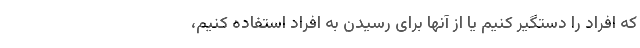
که افراد را دستگیر کنیم یا از آنها برای رسیدن به افراد استفاده کنیم،